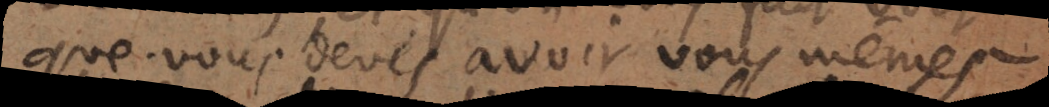
que vous devés avoir vous mêmes